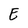
Character: E